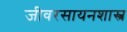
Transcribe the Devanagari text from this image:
जीवरसायनशास्त्र